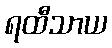
ရထီသာယ